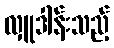
လှူဒါန်းသည့်